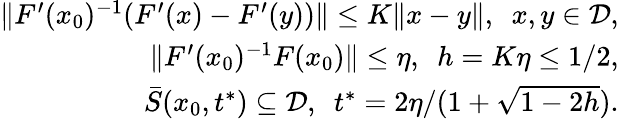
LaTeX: \begin{array}{r}{\| F^{\prime}({x}_{0})^{-1}(F^{\prime}({x})-F^{\prime}({y}))\| \le K\| {x}-{y}\| ,~~{x},{y}\in\mathcal{D},}\\ {\| F^{\prime}({x}_{0})^{-1}F({x}_{0})\| \le\eta,~~h=K\eta\le 1/2,}\\ {\bar{S}({x}_{0},t^{*})\subseteq\mathcal{D},~~t^{*}=2\eta/(1+\sqrt{1-2h}).}\end{array}